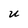
Character: U